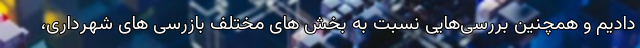
دادیم و همچنین بررسی‌هایی نسبت به بخش های مختلف بازرسی های شهرداری،